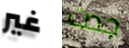
غير جدت